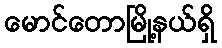
မောင်တောမြို့နယ်ရှိ